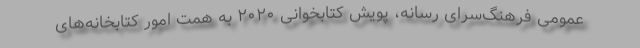
عمومی فرهنگ‌سرای رسانه، پویش کتابخوانی ۲۰۲۰ به همت امور کتابخانه‌های